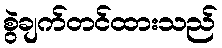
စွဲချက်တင်ထားသည်